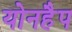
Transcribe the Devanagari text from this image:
योनहैप